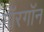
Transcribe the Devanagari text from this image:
गॉरगॉन